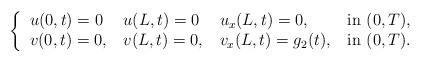
LaTeX: \begin{align*}\left\lbrace\begin{tabular}{l l l l}$u(0,t) = 0$ & $u(L,t) = 0$ & $u_{x}(L,t) = 0$,& in $(0,T)$,\\$v(0,t) =0,$ & $v(L,t) = 0,$ & $v_{x}(L,t) =g_2(t)$,& in $(0,T)$.\end{tabular}\right.\end{align*}